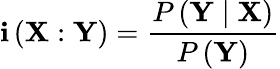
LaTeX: \mathbf{i}\left(\mathbf{X}:\mathbf{Y}\right)=\frac{P\left(\mathbf{Y}\mid\mathbf{X}\right)}{P\left(\mathbf{Y}\right)}